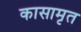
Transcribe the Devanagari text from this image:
कासामृत